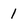
Character: 1